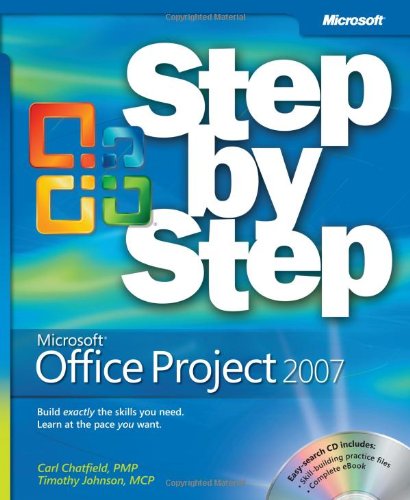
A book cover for Microsoft Office Project 2007 Step by Step; Carl Chatfield; Computers & Technology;